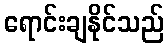
ရောင်းချနိုင်သည်